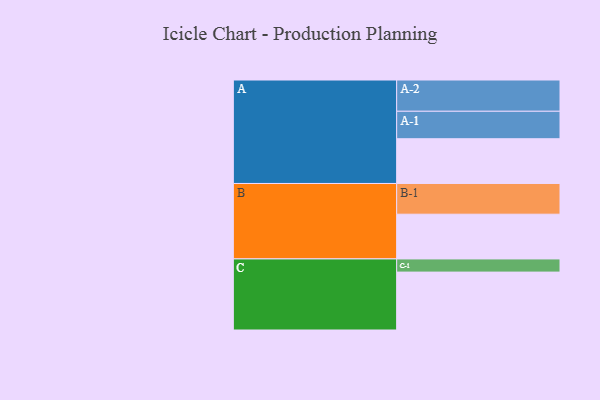
{"axis": {"x": "Segment", "y": "Value"}, "legend": ["", "A", "B", "C"], "data": [{"x": "A", "y": 428, "type": ""}, {"x": "B", "y": 428, "type": ""}, {"x": "C", "y": 554, "type": ""}, {"x": "A-1", "y": 263, "type": "A"}, {"x": "A-2", "y": 299, "type": "A"}, {"x": "B-1", "y": 294, "type": "B"}, {"x": "C-1", "y": 126, "type": "C"}]}